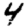
Digit: 4